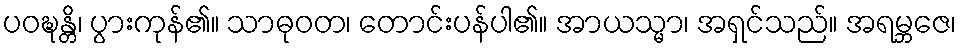
ပဝဍ္ဎန္တိ၊ ပွားကုန်၏။ သာဓုဝတ၊ တောင်းပန်ပါ၏။ အာယသ္မာ၊ အရှင်သည်။ အရမ္ဘဇေ၊